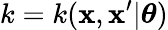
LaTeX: k=k(\textbf{x},\textbf{x}^{\prime}|\boldsymbol{\theta})